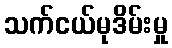
သက်ငယ်မုဒိမ်းမှု